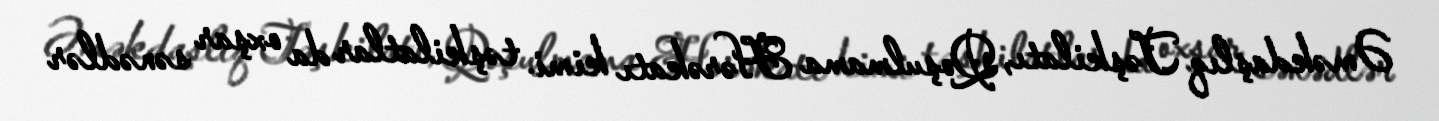
Əməkdaşlıq Təşkilatı, Qoşulmama Hərəkatı kimi təşkilatlar da oxşar sənədlər